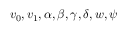
v _ { 0 } , v _ { 1 } , \alpha , \beta , \gamma , \delta , w , \psi